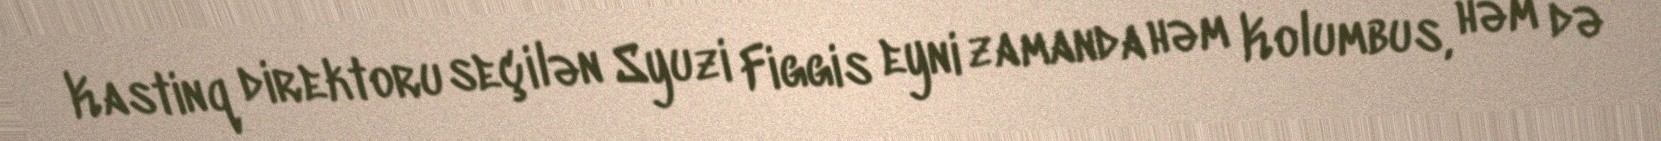
Kastinq direktoru seçilən Syuzi Figgis eyni zamanda həm Kolumbus, həm də